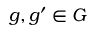
g , g ^ { \prime } \in G